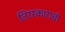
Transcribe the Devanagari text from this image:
तिरस्काराची